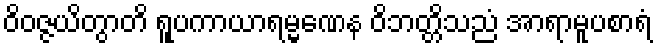
ဝိဝဇ္ဇယိတွာတိ ရူပကာယာရမ္မဏေန ဝိဘတ္တိသညံ အာရာမူပစာရံ